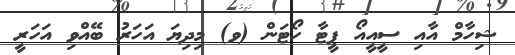
ޝިހާމް އާއި ސީއީއޯ ޕީޓާ ހޯޓަން (ވ) މިދިޔަ އަހަރު ބޭއްވި އަހަރީ